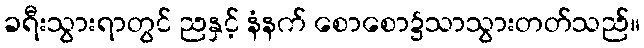
ခရီးသွားရာတွင် ညနှင့် နံနက် စောစော၌သာသွားတတ်သည်။